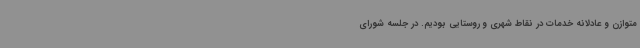
متوازن و عادلانه خدمات در نقاط شهری و روستایی بودیم. در جلسه شورای